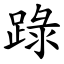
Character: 䟿